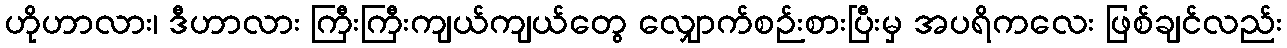
ဟိုဟာလား၊ ဒီဟာလား ကြီးကြီးကျယ်ကျယ်တွေ လျှောက်စဉ်းစားပြီးမှ အပရိကလေး ဖြစ်ချင်လည်း